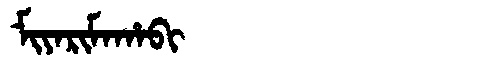
Manchu: ᠮᡳᠶᠠᡵᡳᠮᠠᡥᠠᠪᡳ
Romanization: MIYARIMAHABI